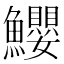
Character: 𩽢